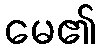
မေ၏